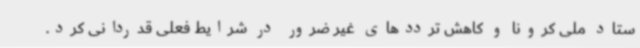
ستاد ملی کرونا و کاهش ترددهای غیر ضرور در شرایط فعلی قدردانی کرد.